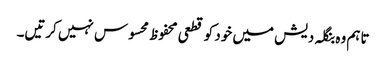
تاہم وہ بنگلہ دیش میں خود کو قطعی محفوظ محسوس نہیں کرتیں۔